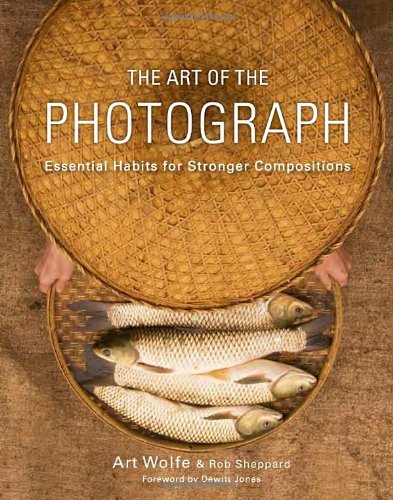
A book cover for The Art of the Photograph: Essential Habits for Stronger Compositions; Inc. Art Wolfe; Arts & Photography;